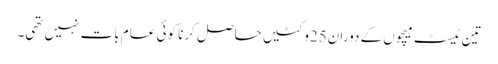
تین ٹیسٹ میچوں کے دوران25وکٹیں حاصل کرنا کوئی عام بات نہیں تھی۔